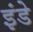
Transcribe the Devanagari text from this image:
इंडे